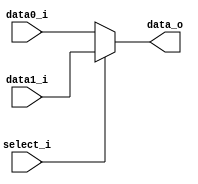
/***************************************************
Student Name: 
Student ID: 
***************************************************/

`timescale 1ns/1ps

module MUX_2to1(
	input  [31:0] data0_i,       
	input  [31:0] data1_i,
	input         select_i,
	output [31:0] data_o
    );			   

/* Write your code HERE */
assign data_o=(select_i==0)?data0_i:data1_i;	

endmodule